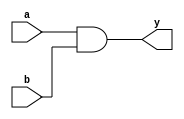
module simple_and_gate (
    input wire a,        // First input
    input wire b,        // Second input
    output wire y        // Output
);

// Continuous assignment using the assign statement
assign y = a & b;      // y is the logical AND of inputs a and b

endmodule